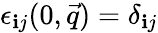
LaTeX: \epsilon_{\mathbf{i}j}(0,\vec{{q}})=\delta_{\mathbf{i}j}